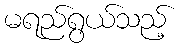
မရည်ရွယ်သည့်